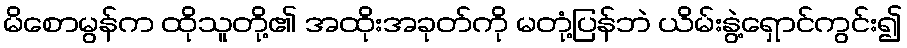
မိစောမွန်က ထိုသူတို့၏ အထိုးအခုတ်ကို မတုံ့ပြန်ဘဲ ယိမ်းနွဲ့ရှောင်ကွင်း၍